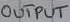
Text: OUTPUT